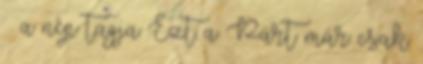
– a nép tagja Ezt a Párt már csak